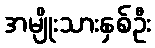
အမျိုးသားနှစ်ဦး